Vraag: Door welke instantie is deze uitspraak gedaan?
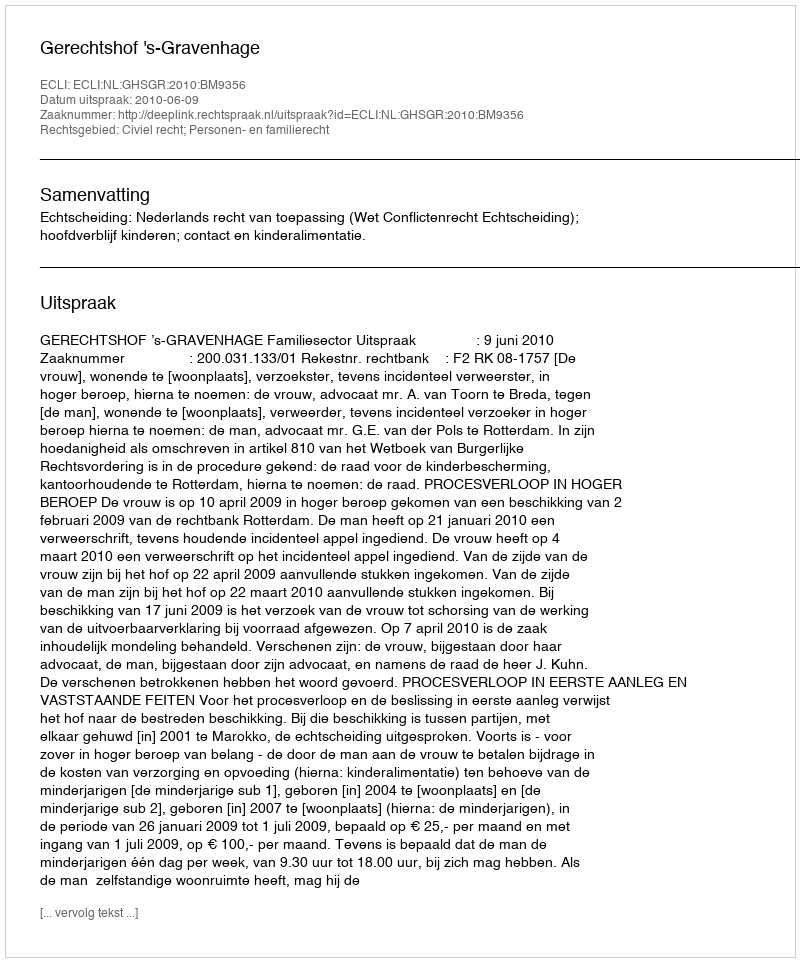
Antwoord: Gerechtshof 's-Gravenhage